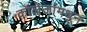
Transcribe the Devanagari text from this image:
कॉलेजांमधून